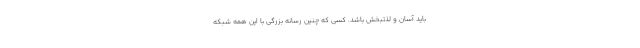
بايد آسان و لذتبخش باشد. كسي كه چنين رسانه بزرگي با اين همه شبكه